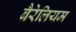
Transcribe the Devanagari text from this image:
बैरेलियम